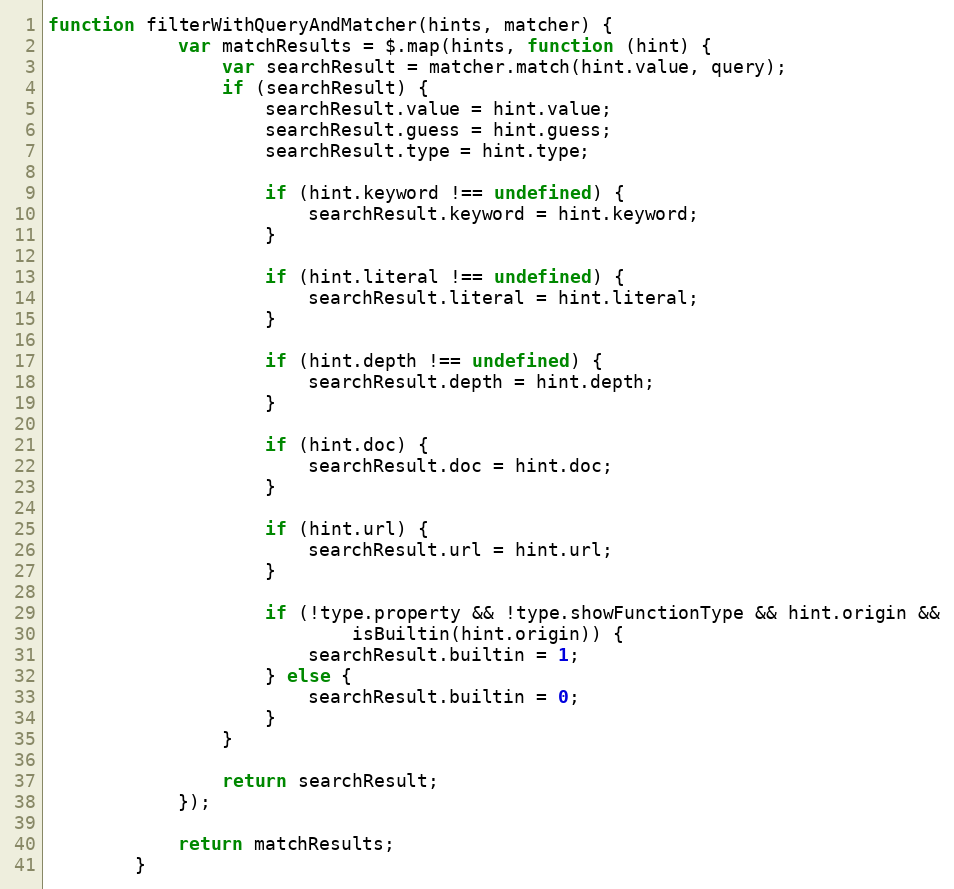
Language: JavaScript
function filterWithQueryAndMatcher(hints, matcher) {
            var matchResults = $.map(hints, function (hint) {
                var searchResult = matcher.match(hint.value, query);
                if (searchResult) {
                    searchResult.value = hint.value;
                    searchResult.guess = hint.guess;
                    searchResult.type = hint.type;

                    if (hint.keyword !== undefined) {
                        searchResult.keyword = hint.keyword;
                    }

                    if (hint.literal !== undefined) {
                        searchResult.literal = hint.literal;
                    }

                    if (hint.depth !== undefined) {
                        searchResult.depth = hint.depth;
                    }

                    if (hint.doc) {
                        searchResult.doc = hint.doc;
                    }

                    if (hint.url) {
                        searchResult.url = hint.url;
                    }

                    if (!type.property && !type.showFunctionType && hint.origin &&
                            isBuiltin(hint.origin)) {
                        searchResult.builtin = 1;
                    } else {
                        searchResult.builtin = 0;
                    }
                }

                return searchResult;
            });

            return matchResults;
        }